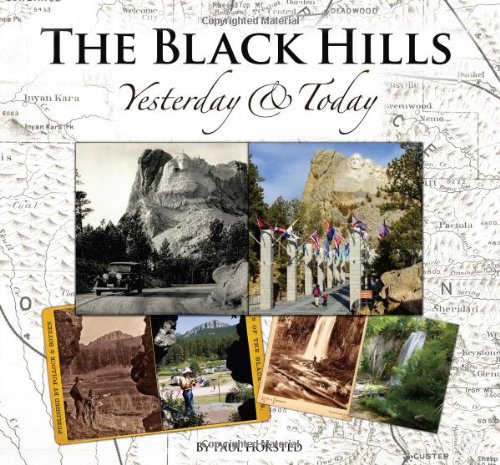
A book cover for The Black Hills Yesterday and Today; Paul Horsted; Travel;